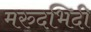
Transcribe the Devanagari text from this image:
मरुदभिदी